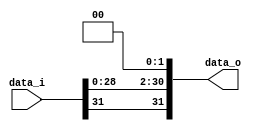
//Subject:      CO project 2 - Shift_Left_Two_32
//--------------------------------------------------------------------------------
//Version:     1
//--------------------------------------------------------------------------------
//Writer:      110550029
//----------------------------------------------
//Date:        
//----------------------------------------------
//Description: 
//--------------------------------------------------------------------------------
`timescale 1ns/1ps
module Shift_Left_Two_32(
    data_i,
    data_o
    );

//I/O ports                    
input [32-1:0] data_i;
output [32-1:0] data_o;

reg [32-1:0] data_o;

//shift left 2
always @(data_i) begin
	data_o[31]=data_i[31];
	data_o[30:2]<=data_i[28:0];
	data_o[1:0]<=2'b00;
end

endmodule